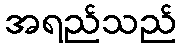
အရည်သည်